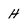
Character: H